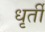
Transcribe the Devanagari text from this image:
धृर्ती